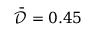
\bar { \mathcal { D } } = 0 . 4 5